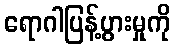
ရောဂါပြန့်ပွားမှုကို